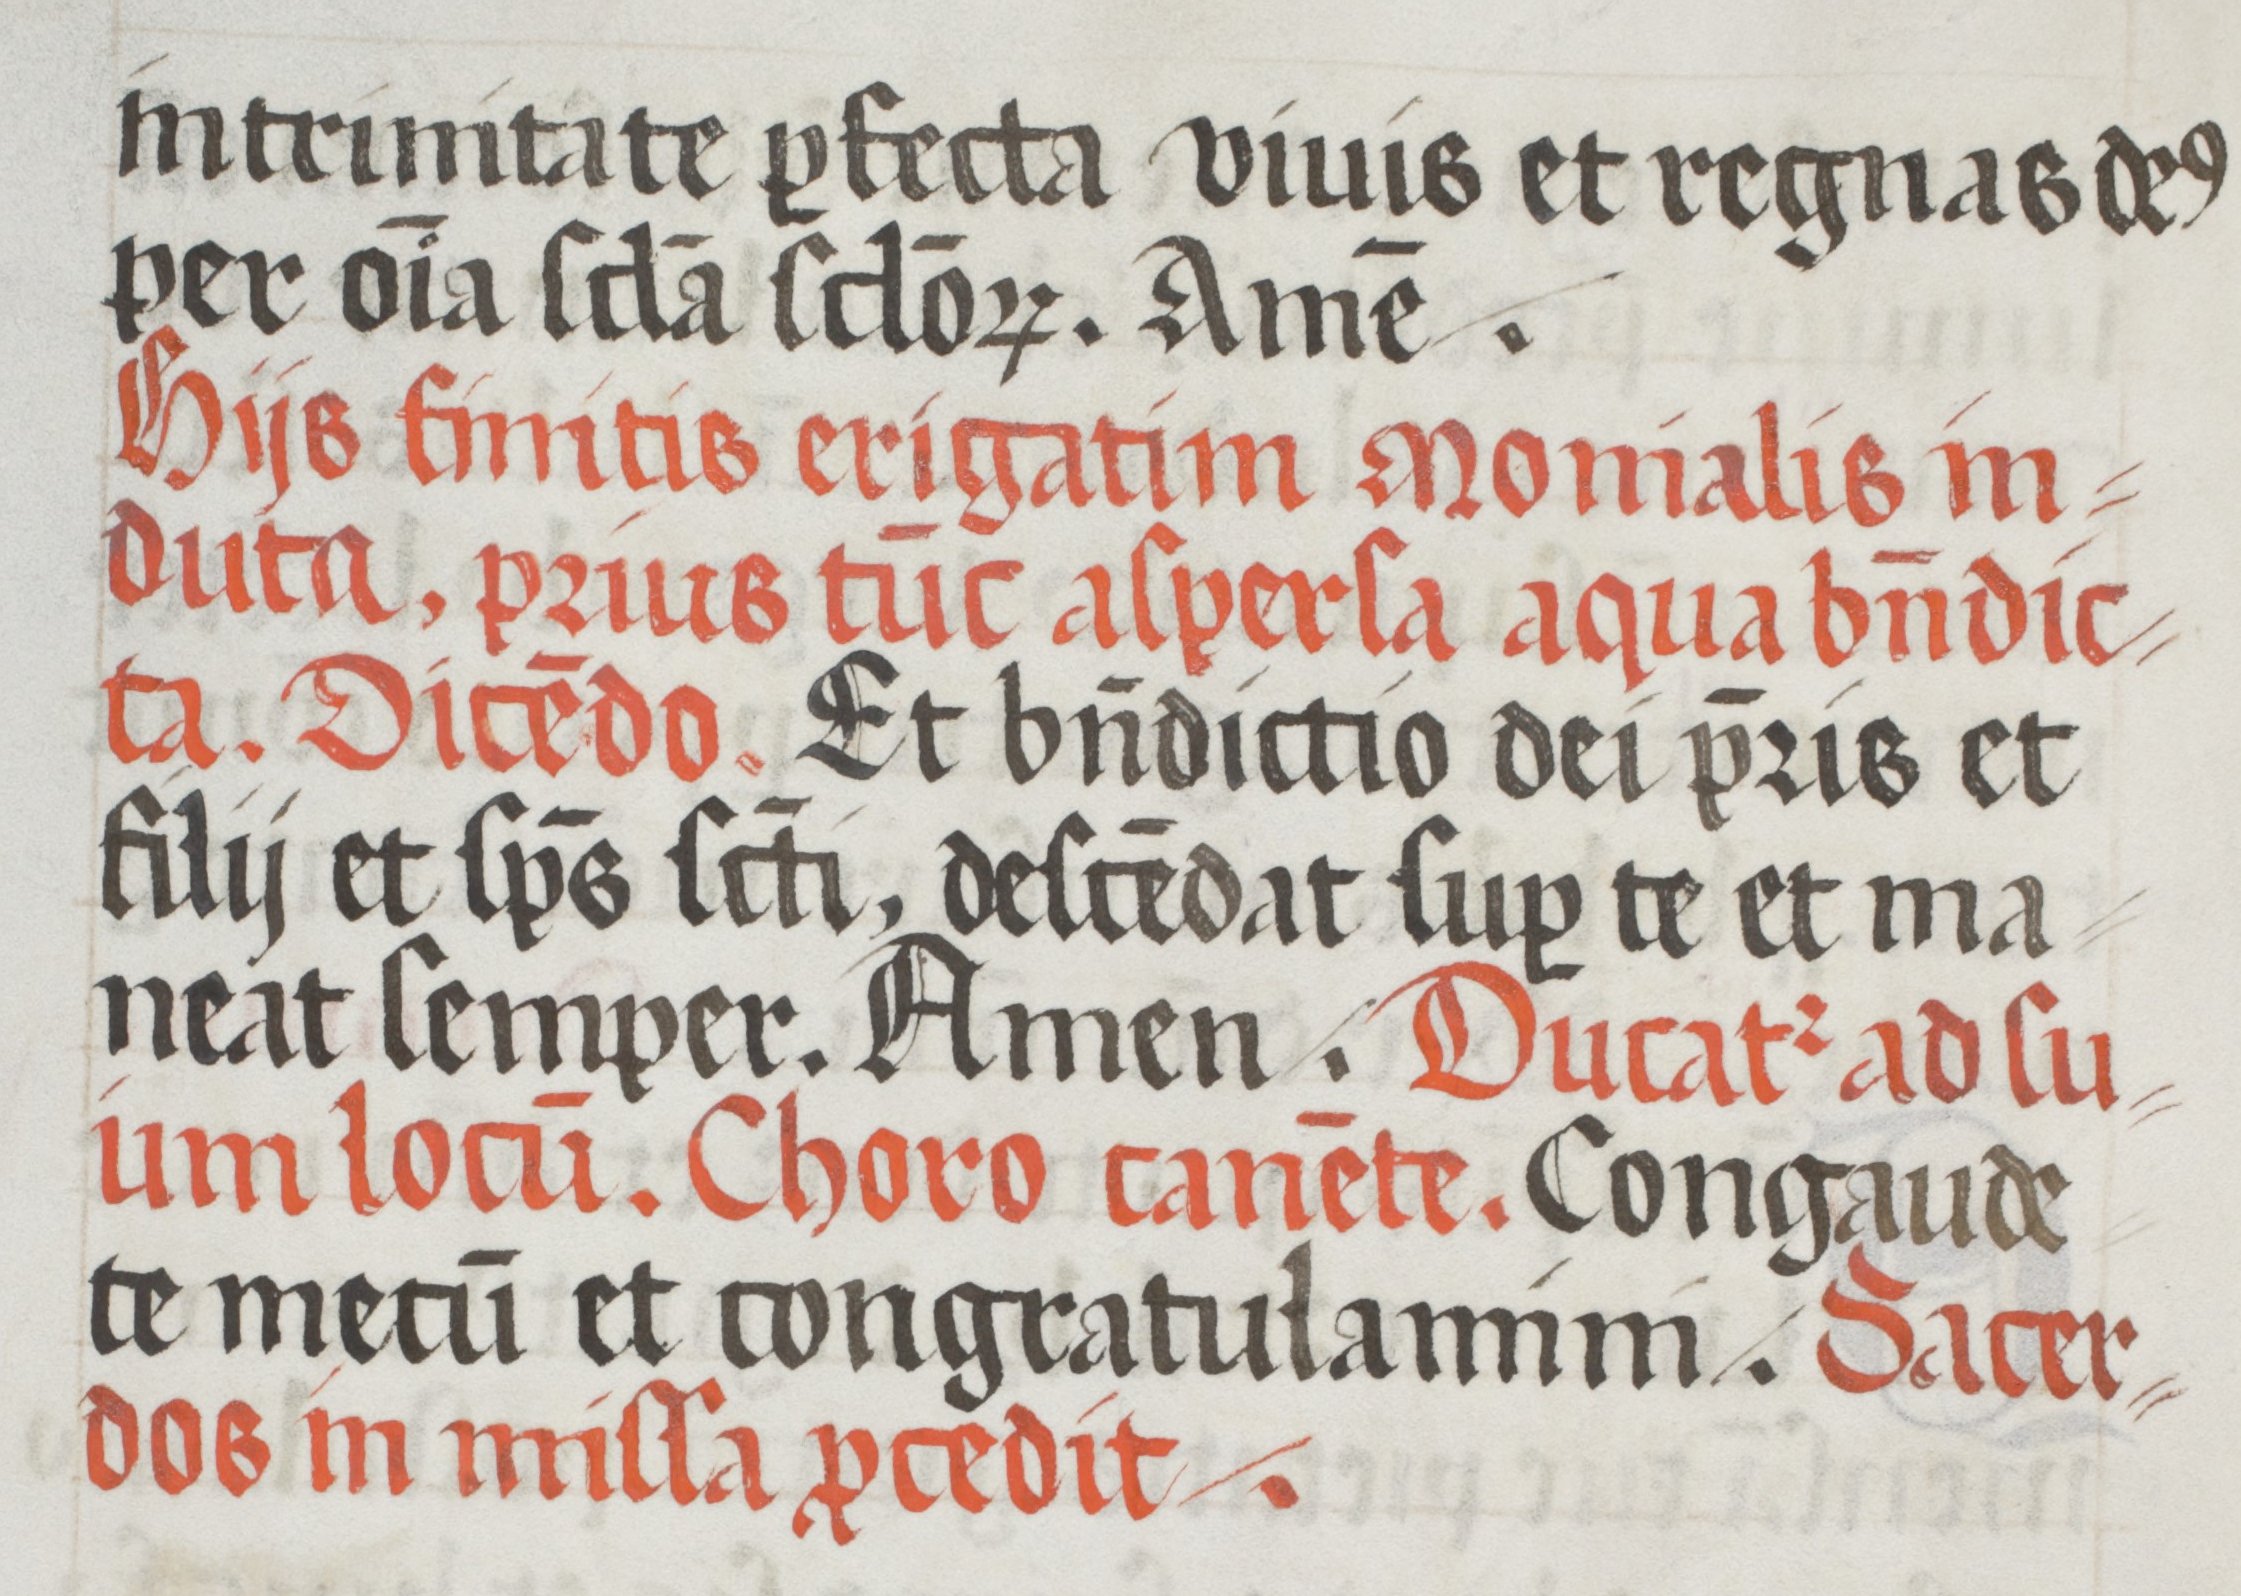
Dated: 1508–1508